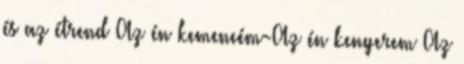
és az étrend Az én kemencém-Az én kenyerem Az